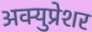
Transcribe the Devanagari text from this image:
अक्युप्रेशर